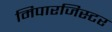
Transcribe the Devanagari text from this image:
मिपारजिस्टर